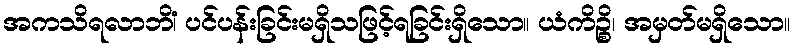
အကသိရလာဘိံ၊ ပင်ပန်းခြင်းမရှိသဖြင့်ရခြင်းရှိသော။ ယံကိဉ္စိ၊ အမှတ်မရှိသော။